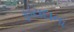
ફાયદાના